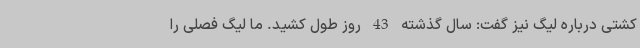
کشتی درباره لیگ نیز گفت: سال گذشته 43 روز طول کشید. ما لیگ فصلی را